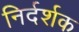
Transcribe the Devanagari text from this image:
निर्दर्शक